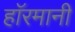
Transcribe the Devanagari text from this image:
हाॅरमानी